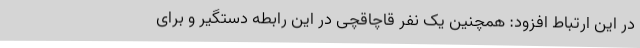
در این ارتباط افزود: همچنین یک نفر قاچاقچی در این رابطه دستگیر و برای